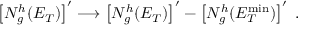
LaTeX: \left[ N _ { g } ^ { h } ( E _ { T } ) \right] ^ { \prime } \longrightarrow \left[ N _ { g } ^ { h } ( E _ { T } ) \right] ^ { \prime } - \left[ N _ { g } ^ { h } ( E _ { T } ^ { \mathrm { m i n } } ) \right] ^ { \prime } \; .